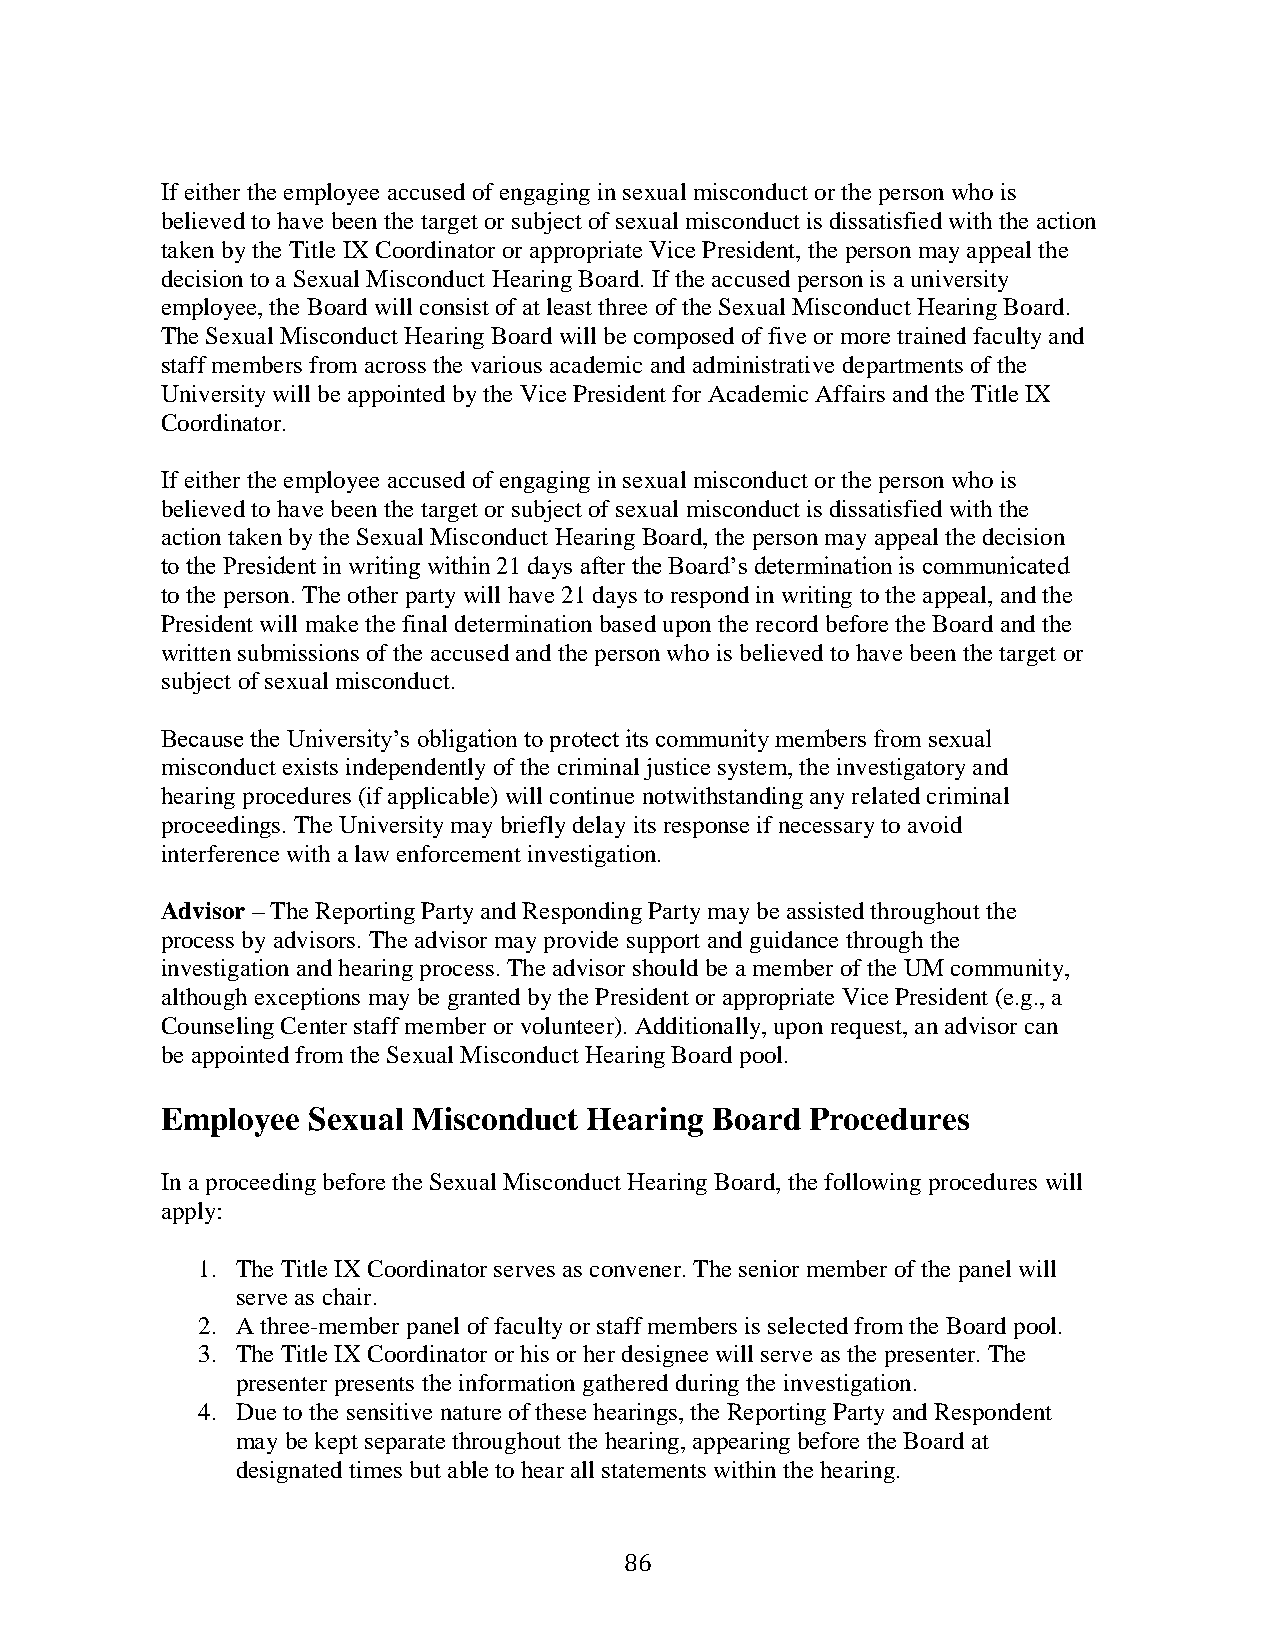
If either the employee accused of engaging in sexual misconduct or the person who is
 believed to have been the target or subject of sexual misconduct is dissatisfied with the action
 taken by the Title IX Coordinator or appropriate Vice President, the person may appeal the
 decision to a Sexual Misconduct Hearing Board. If the accused person is a university
 employee, the Board will consist of at least three of the Sexual Misconduct Hearing Board.
 The Sexual Misconduct Hearing Board will be composed of five or more trained faculty and
 staff members from across the various academic and administrative departments of the
 University will be appointed by the Vice President for Academic Affairs and the Title IX
 Coordinator.
 If either the employee accused of engaging in sexual misconduct or the person who is
 believed to have been the target or subject of sexual misconduct is dissatisfied with the
 action taken by the Sexual Misconduct Hearing Board, the person may appeal the decision
 to the President in writing within 21 days after the Board’s determination is communicated
 to the person. The other party will have 21 days to respond in writing to the appeal, and the
 President will make the final determination based upon the record before the Board and the
 written submissions of the accused and the person who is believed to have been the target or
 subject of sexual misconduct.
 Because the University’s obligation to protect its community members from sexual
 misconduct exists independently of the criminal justice system, the investigatory and
 hearing procedures (if applicable) will continue notwithstanding any related criminal
 proceedings. The University may briefly delay its response if necessary to avoid
 interference with a law enforcement investigation.
 Advisor – The Reporting Party and Responding Party may be assisted throughout the
 process by advisors. The advisor may provide support and guidance through the
 investigation and hearing process. The advisor should be a member of the UM community,
 although exceptions may be granted by the President or appropriate Vice President (e.g., a
 Counseling Center staff member or volunteer). Additionally, upon request, an advisor can
 be appointed from the Sexual Misconduct Hearing Board pool.
 Employee Sexual Misconduct  Hearing Board  Procedures
 In a proceeding before the Sexual Misconduct Hearing Board, the following procedures will
 apply:
 1. The Title IX Coordinator serves as convener. The senior member of the panel will
 serve as chair.
 2. A three-member panel of faculty or staff members is selected from the Board pool.
 3. The Title IX Coordinator or his or her designee will serve as the presenter. The
 presenter presents the information gathered during the investigation.
 4. Due to the sensitive nature of these hearings, the Reporting Party and Respondent
 may be kept separate throughout the hearing, appearing before the Board at
 designated times but able to hear all statements within the hearing.
 86